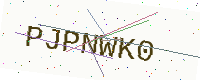
Text: PJPNWK0